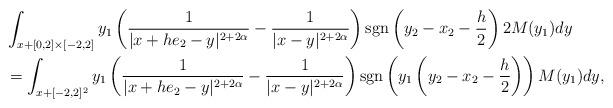
LaTeX: \begin{align*}& \int_{x+[0,2]\times[-2,2]} y_1\left( \frac{1}{|x+he_2-y|^{2+2\alpha}} - \frac{1}{|x-y|^{2+2\alpha}} \right) {\rm sgn} \left(y_2-x_2-\frac h2 \right) 2M(y_1) dy \\& = \int_{x+[-2,2]^2} y_1\left( \frac{1}{|x+he_2-y|^{2+2\alpha}} - \frac{1}{|x-y|^{2+2\alpha}} \right) {\rm sgn} \left(y_1 \left(y_2-x_2-\frac h2 \right) \right) M(y_1) dy,\end{align*}